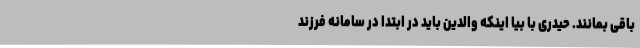
باقی بمانند. حیدری با بیا اینکه والدین باید در ابتدا در سامانه فرزند